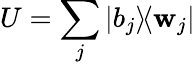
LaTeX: U=\sum_{j}|b_{j}\rangle\! \langle\mathbf{w}_{j}|